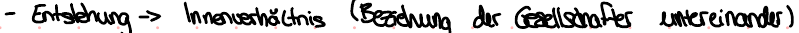
- Entstehung -> Innenverhältnis (Beziehung der Gesellschafter untereinander)